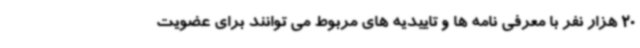
20 هزار نفر با معرفی نامه ها و تاییدیه های مربوط می توانند برای عضویت